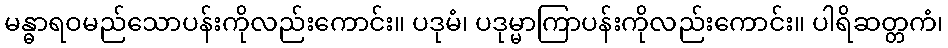
မန္ဓာရဝမည်သောပန်းကိုလည်းကောင်း။ ပဒုမံ၊ ပဒုမ္မာကြာပန်းကိုလည်းကောင်း။ ပါရိဆတ္တကံ၊